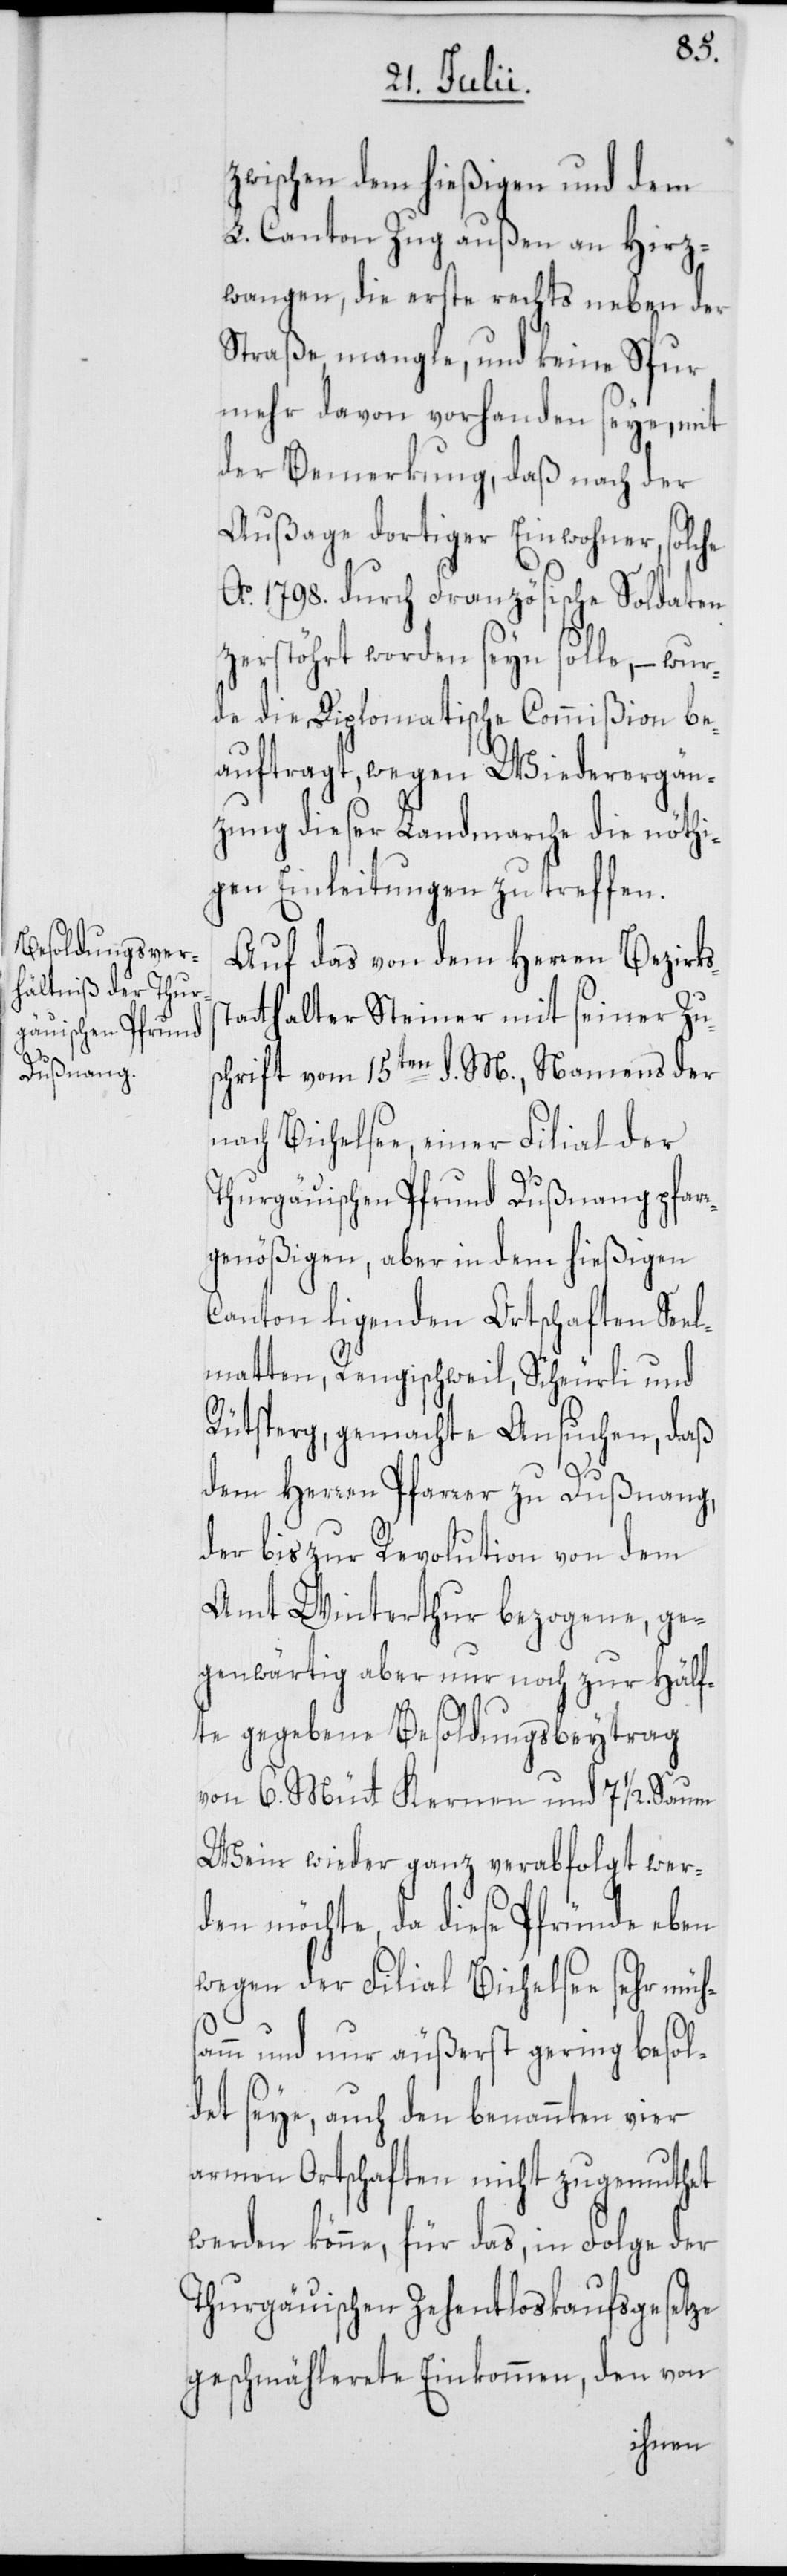
st¬
zwischen dem hießigen und dem
L. Canton Zug außen an Hirz¬
wangen, die erste rechts neben der
Straße, mangle, und keine Spur
mehr davon vorhanden seye, mit
der Bemerkung, daß nach der
Außage dortiger Einwohner, solche
A. 1798. durch Französische Soldaten
zerstöhrt worden seyn solle, – wur¬
de die Diplomatische Commißion be¬
auftragt, wegen Wiederergän¬
zung dieser Landmarche die nöthi¬
gen Einleitungen zu treffen.
Auf das von dem Herren Bezirks¬
atthalter Steiner mit seiner Zus¬
chrift vom 15ten d. M., Namens der
nach Bichelsee, einer Filial der
Thurgäuischen Pfrund Dußnang pfar¬
rgenößigen, aber in dem hießigen
Canton ligenden Ortschaften Seel¬
matten, Rengischweil, Scheurli und
Rütsperg, gemachte Ansuchen, daß
dem Herren Pfarrer zu Dußnang,
der bis zur Revolution von dem
Amt Winterthur bezogene, ge¬
genwärtig aber nur noch zur Hälf¬
te gegebene Besoldungsbeytrag
von 6. Mütt Kernen und 7 1/2. Saum
Wein wieder ganz verabfolgt wer¬
den möchte, da diese Pfründe eben
wegen der Filial Bichelsee sehr müh¬
samm und nur äußerst gering besol¬
det seye, auch den benannten vier
armen Ortschaften nicht zugemuthet
werden könne, für das, in Folge der
Thurgäuischen Zehentloskaufsgesetze
geschmählerete Einkommen, den von